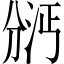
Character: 𫦇